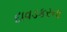
દાવડકરના